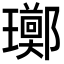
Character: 𪼫